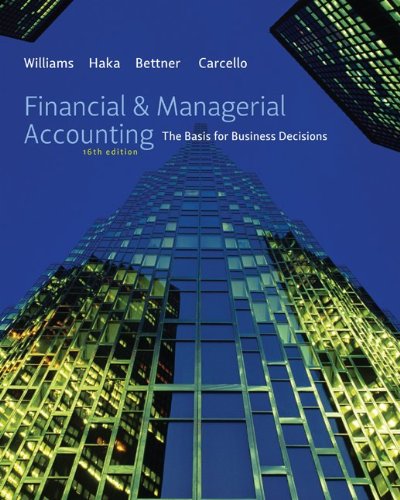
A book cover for Financial & Managerial Accounting; Jan Williams; Business & Money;